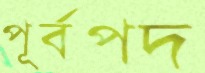
পূর্বপদ